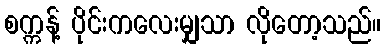
စက္ကန့် ပိုင်းကလေးမျှသာ လိုတော့သည်။